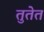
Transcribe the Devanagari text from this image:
तुतेत